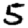
Digit: 5